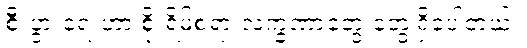
စီးပွားရေးဟာ စိုးရိမ်စရာ လက္ခဏာတွေ တွေ့ရှိခဲ့ပါတယ်။